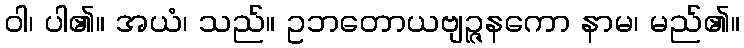
ဝါ၊ ပါ၏။ အယံ၊ သည်။ ဥဘတောယဗျဉ္ဇနကော နာမ၊ မည်၏။